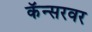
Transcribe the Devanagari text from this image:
कॅन्सरवर